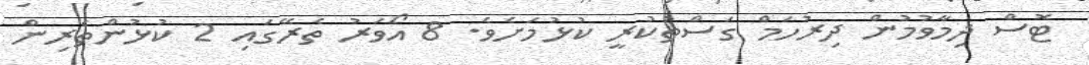
ޓޮސް ދިމާވުމުން ދިރުހަމް ގަސްތުކުރީ ކުޅުމަށެވެ. 8 އޯވަރު ތެރޭގައި 2 ކުޅުންތެރިން